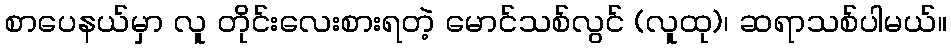
စာပေနယ်မှာ လူ တိုင်းလေးစားရတဲ့ မောင်သစ်လွင် (လူထု)၊ ဆရာသစ်ပါမယ်။